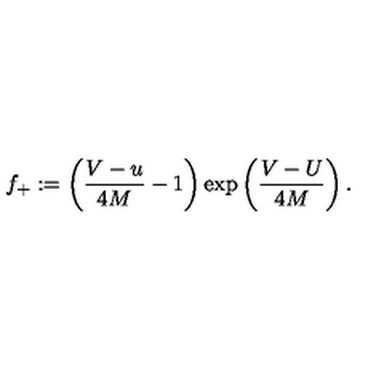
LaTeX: f _ { + } : = \left( \frac { V - u } { 4 M } - 1 \right) \exp \left( \frac { V - U } { 4 M } \right) .